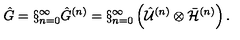
\hat { G } = \S _ { n = 0 } ^ { \infty } \hat { G } ^ { ( n ) } = \S _ { n = 0 } ^ { \infty } \left( \hat { \cal U } ^ { ( n ) } \otimes { \bar { \cal H } } ^ { ( n ) } \right) .